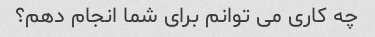
چه کاری می توانم برای شما انجام دهم؟